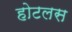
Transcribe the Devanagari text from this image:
होटलस